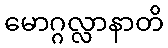
မောဂ္ဂလ္လာနာတိ